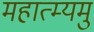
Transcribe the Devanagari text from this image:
महात्म्यमु